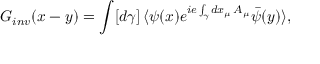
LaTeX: G _ { i n v } ( x - y ) = \int [ d \gamma ] \, \langle \psi ( x ) e ^ { i e \int _ { \gamma } d x _ { \mu } \, A _ { \mu } } \bar { \psi } ( y ) \rangle ,